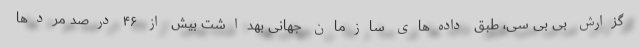
گزارش بی بی سی، طبق داده‌های سازمان جهانی بهداشت بیش از ۴۶ درصد مردها